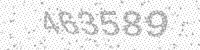
Solution: 463589